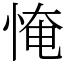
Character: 㤿